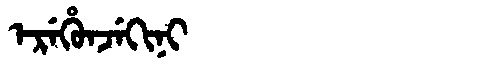
Manchu: ᡝᡵᡝᡥᡠᠨᠵᡝᡴᡳᠨᡳ
Romanization: EREHUNJEKINI